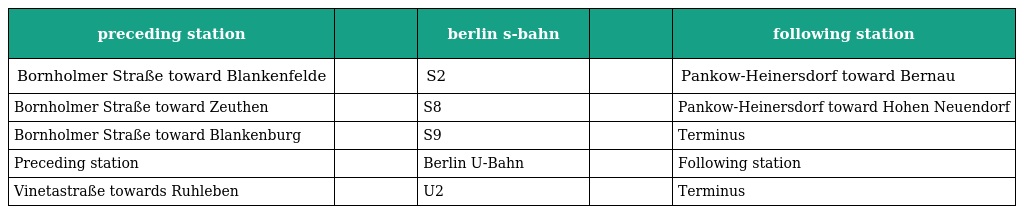
| preceding station |  | berlin s-bahn |  | following station |
 | --- | --- | --- | --- | --- |
 | Bornholmer Straße toward Blankenfelde |  | S2 |  | Pankow-Heinersdorf toward Bernau |
 | Bornholmer Straße toward Zeuthen |  | S8 |  | Pankow-Heinersdorf toward Hohen Neuendorf |
 | Bornholmer Straße toward Blankenburg |  | S9 |  | Terminus |
 | Preceding station |  | Berlin U-Bahn |  | Following station |
 | Vinetastraße towards Ruhleben |  | U2 |  | Terminus |